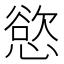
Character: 慾